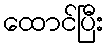
ထောင်ပြီး